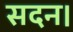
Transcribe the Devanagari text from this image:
सदन।